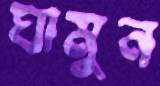
ঘামুন